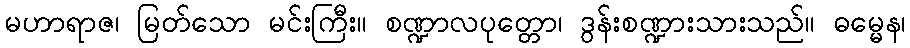
မဟာရာဇ၊ မြတ်သော မင်းကြီး။ စဏ္ဍာလပုတ္တော၊ ဒွန်းစဏ္ဍားသားသည်။ ဓမ္မေန၊